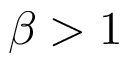
\beta > 1